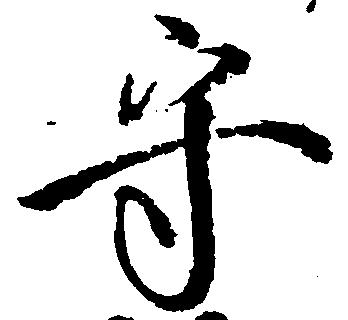
守